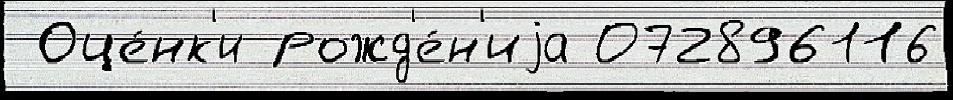
 Оце́нк'и рожд'е́н'иjа 072896116